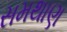
સમથાણ